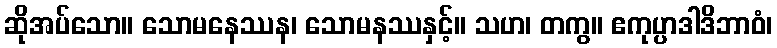
ဆိုအပ်သော။ သောမနေဿန၊ သောမနဿနှင့်။ သဟ၊ တကွ။ ဧကုပ္ပာဒါဒိဘာဝံ၊